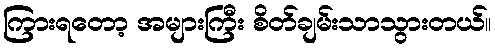
ကြားရတော့ အများကြီး စိတ်ချမ်းသာသွားတယ်။